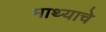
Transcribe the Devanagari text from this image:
माथ्याचे